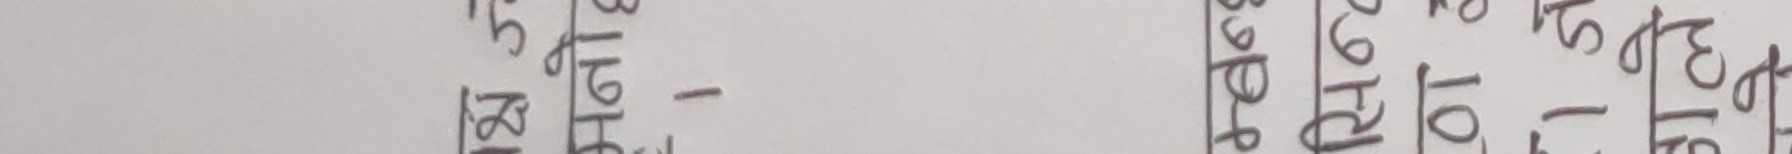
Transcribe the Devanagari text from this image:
२३५ -
२०६९।१०।२१